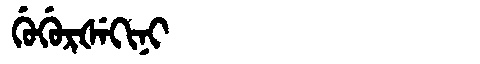
Manchu: ᡤᡠᡤᡠᡵᡧᡝᡴᡳᠨᡳ
Romanization: GUGURŠEKINI